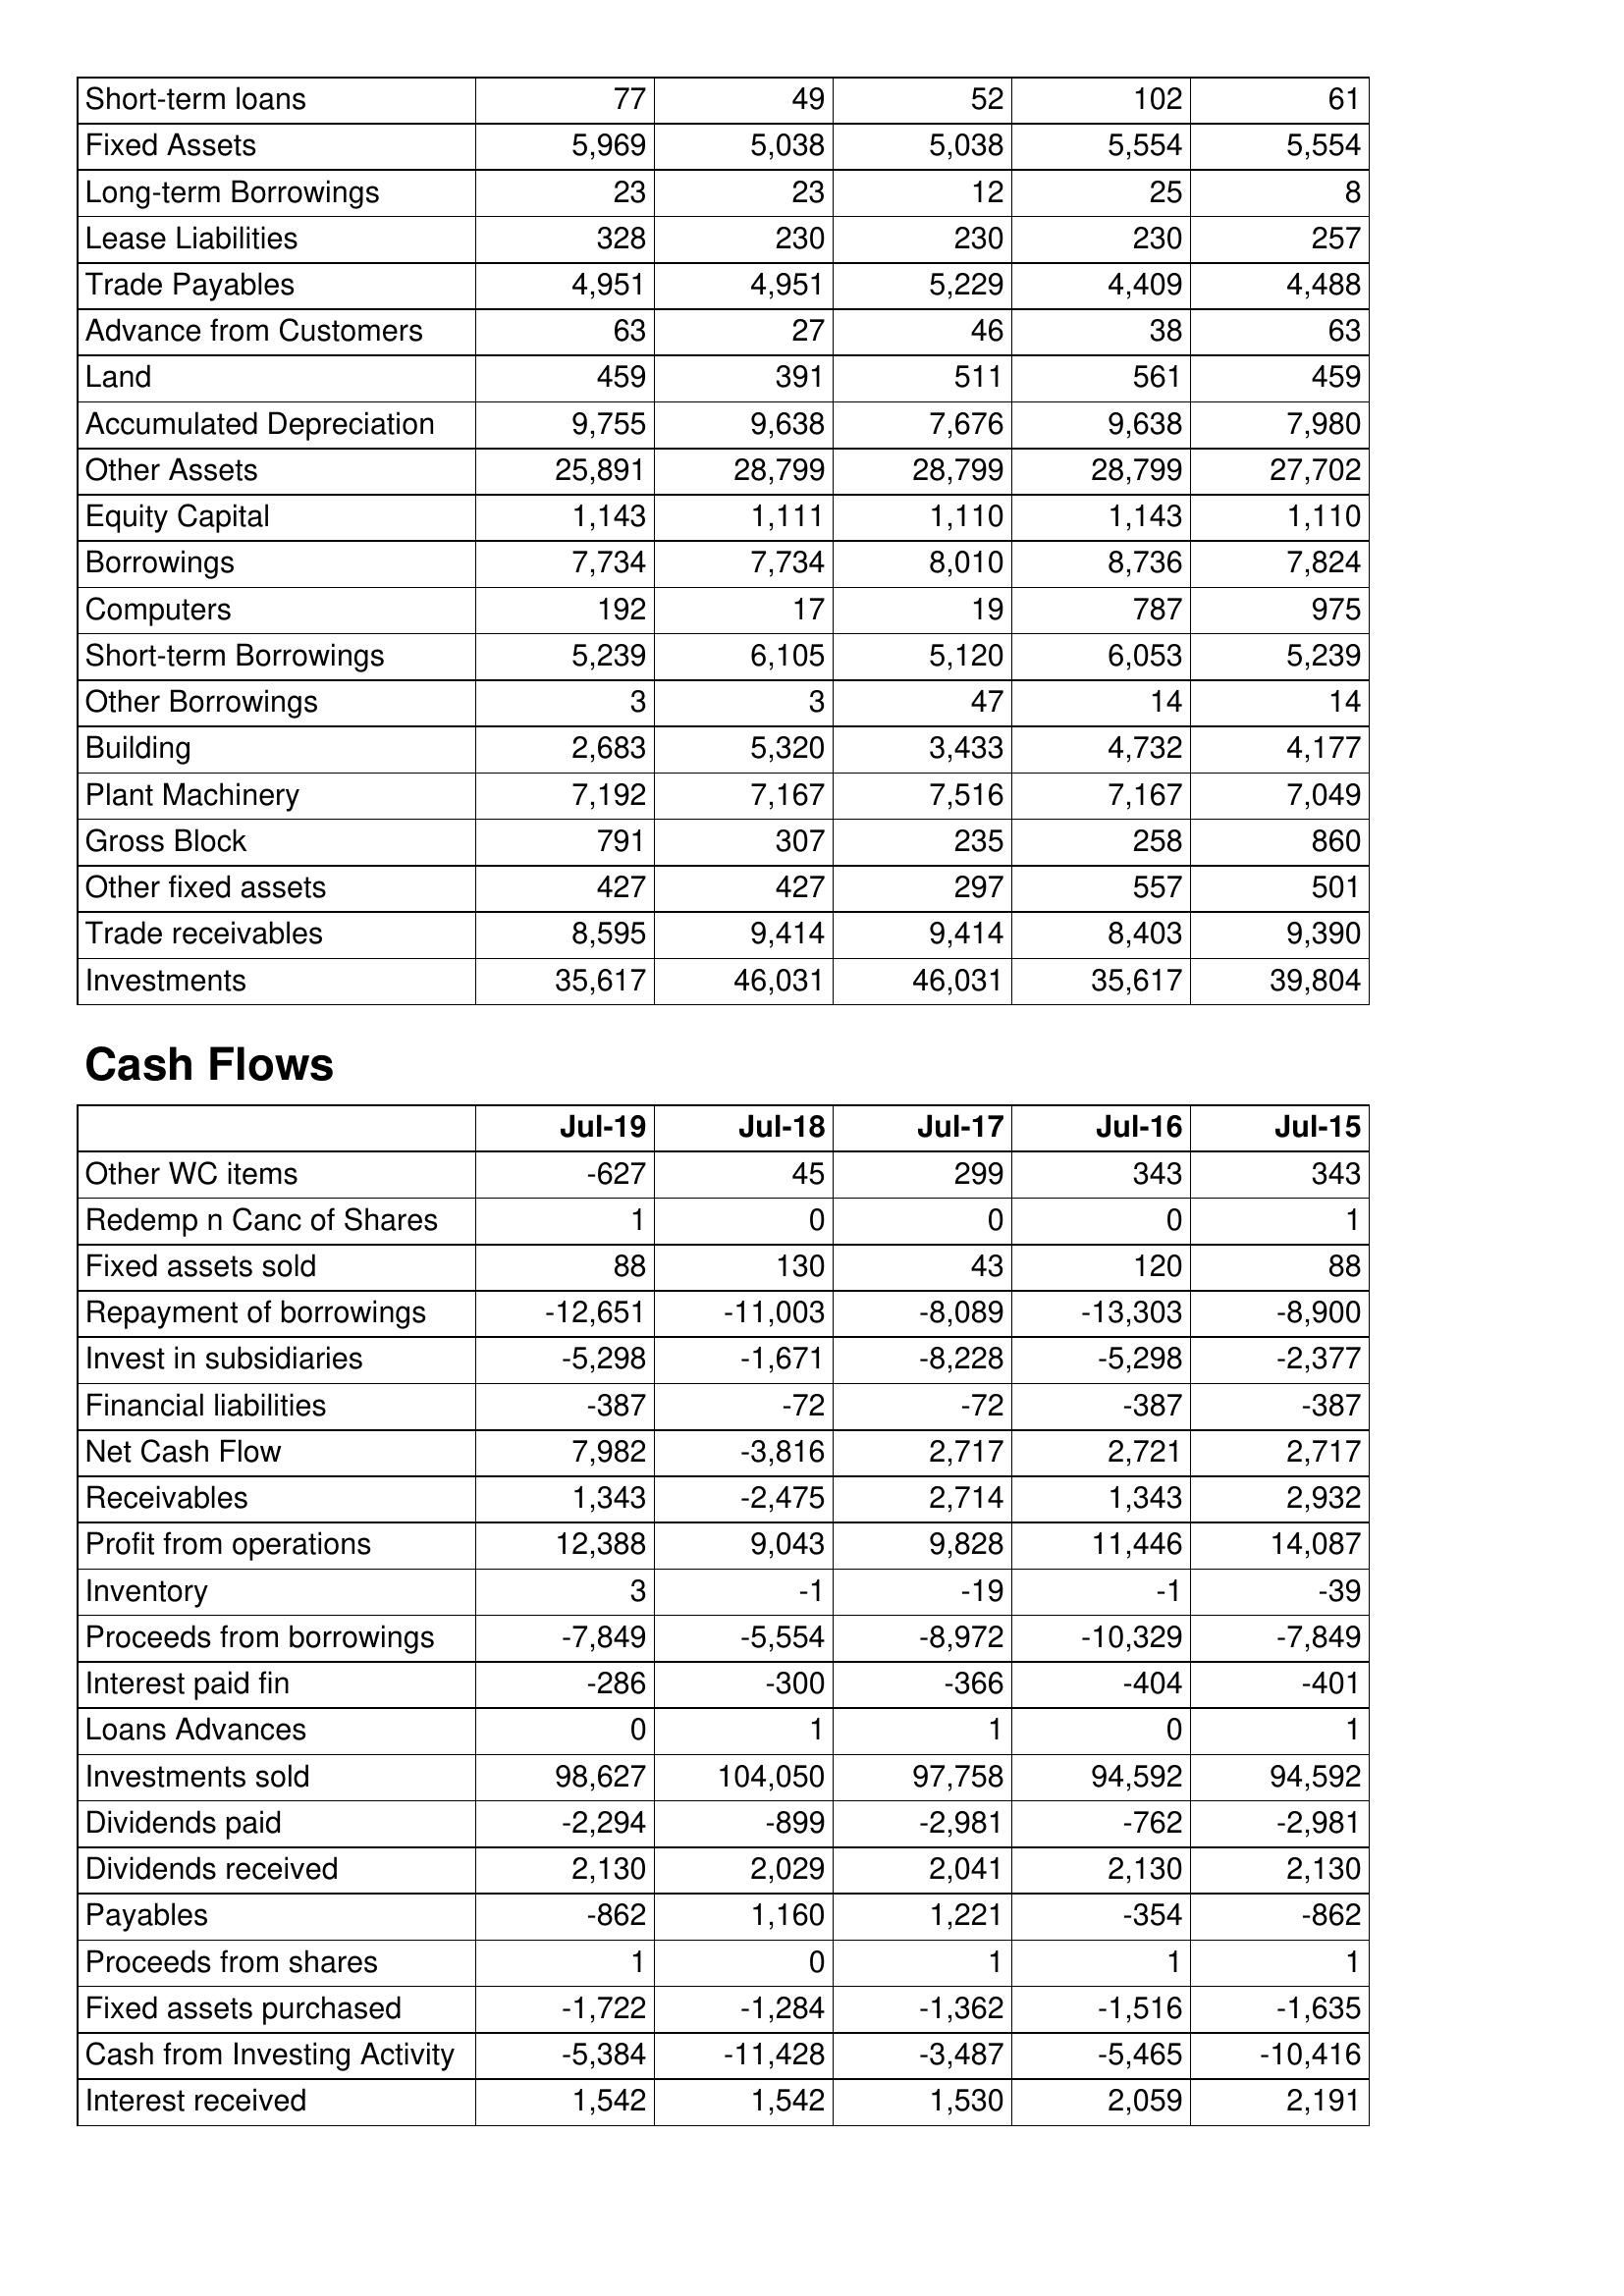
Jul-19: Balance Sheet: Short-term loans: 77
Fixed Assets: 5,969
Long-term Borrowings: 23
Lease Liabilities: 328
Trade Payables: 4,951
Advance from Customers: 63
Land: 459
Accumulated Depreciation: 9,755
Other Assets: 25,891
Equity Capital: 1,143
Borrowings: 7,734
Computers: 192
Short-term Borrowings: 5,239
Other Borrowings: 3
Building: 2,683
Plant Machinery: 7,192
Gross Block: 791
Other fixed assets: 427
Trade receivables: 8,595
Investments: 35,617
Cash Flows: Other WC items: -627
Redemp n Canc of Shares: 1
Fixed assets sold: 88
Repayment of borrowings: -12,651
Invest in subsidiaries: -5,298
Financial liabilities: -387
Net Cash Flow: 7,982
Receivables: 1,343
Profit from operations: 12,388
Inventory: 3
Proceeds from borrowings: -7,849
Interest paid fin: -286
Loans Advances: 0
Investments sold: 98,627
Dividends paid: -2,294
Dividends received: 2,130
Payables: -862
Proceeds from shares: 1
Fixed assets purchased: -1,722
Cash from Investing Activity: -5,384
Interest received: 1,542
Jul-18: Balance Sheet: Short-term loans: 49
Fixed Assets: 5,038
Long-term Borrowings: 23
Lease Liabilities: 230
Trade Payables: 4,951
Advance from Customers: 27
Land: 391
Accumulated Depreciation: 9,638
Other Assets: 28,799
Equity Capital: 1,111
Borrowings: 7,734
Computers: 17
Short-term Borrowings: 6,105
Other Borrowings: 3
Building: 5,320
Plant Machinery: 7,167
Gross Block: 307
Other fixed assets: 427
Trade receivables: 9,414
Investments: 46,031
Cash Flows: Other WC items: 45
Redemp n Canc of Shares: 0
Fixed assets sold: 130
Repayment of borrowings: -11,003
Invest in subsidiaries: -1,671
Financial liabilities: -72
Net Cash Flow: -3,816
Receivables: -2,475
Profit from operations: 9,043
Inventory: -1
Proceeds from borrowings: -5,554
Interest paid fin: -300
Loans Advances: 1
Investments sold: 104,050
Dividends paid: -899
Dividends received: 2,029
Payables: 1,160
Proceeds from shares: 0
Fixed assets purchased: -1,284
Cash from Investing Activity: -11,428
Interest received: 1,542
Jul-17: Balance Sheet: Short-term loans: 52
Fixed Assets: 5,038
Long-term Borrowings: 12
Lease Liabilities: 230
Trade Payables: 5,229
Advance from Customers: 46
Land: 511
Accumulated Depreciation: 7,676
Other Assets: 28,799
Equity Capital: 1,110
Borrowings: 8,010
Computers: 19
Short-term Borrowings: 5,120
Other Borrowings: 47
Building: 3,433
Plant Machinery: 7,516
Gross Block: 235
Other fixed assets: 297
Trade receivables: 9,414
Investments: 46,031
Cash Flows: Other WC items: 299
Redemp n Canc of Shares: 0
Fixed assets sold: 43
Repayment of borrowings: -8,089
Invest in subsidiaries: -8,228
Financial liabilities: -72
Net Cash Flow: 2,717
Receivables: 2,714
Profit from operations: 9,828
Inventory: -19
Proceeds from borrowings: -8,972
Interest paid fin: -366
Loans Advances: 1
Investments sold: 97,758
Dividends paid: -2,981
Dividends received: 2,041
Payables: 1,221
Proceeds from shares: 1
Fixed assets purchased: -1,362
Cash from Investing Activity: -3,487
Interest received: 1,530
Jul-16: Balance Sheet: Short-term loans: 102
Fixed Assets: 5,554
Long-term Borrowings: 25
Lease Liabilities: 230
Trade Payables: 4,409
Advance from Customers: 38
Land: 561
Accumulated Depreciation: 9,638
Other Assets: 28,799
Equity Capital: 1,143
Borrowings: 8,736
Computers: 787
Short-term Borrowings: 6,053
Other Borrowings: 14
Building: 4,732
Plant Machinery: 7,167
Gross Block: 258
Other fixed assets: 557
Trade receivables: 8,403
Investments: 35,617
Cash Flows: Other WC items: 343
Redemp n Canc of Shares: 0
Fixed assets sold: 120
Repayment of borrowings: -13,303
Invest in subsidiaries: -5,298
Financial liabilities: -387
Net Cash Flow: 2,721
Receivables: 1,343
Profit from operations: 11,446
Inventory: -1
Proceeds from borrowings: -10,329
Interest paid fin: -404
Loans Advances: 0
Investments sold: 94,592
Dividends paid: -762
Dividends received: 2,130
Payables: -354
Proceeds from shares: 1
Fixed assets purchased: -1,516
Cash from Investing Activity: -5,465
Interest received: 2,059
Jul-15: Balance Sheet: Short-term loans: 61
Fixed Assets: 5,554
Long-term Borrowings: 8
Lease Liabilities: 257
Trade Payables: 4,488
Advance from Customers: 63
Land: 459
Accumulated Depreciation: 7,980
Other Assets: 27,702
Equity Capital: 1,110
Borrowings: 7,824
Computers: 975
Short-term Borrowings: 5,239
Other Borrowings: 14
Building: 4,177
Plant Machinery: 7,049
Gross Block: 860
Other fixed assets: 501
Trade receivables: 9,390
Investments: 39,804
Cash Flows: Other WC items: 343
Redemp n Canc of Shares: 1
Fixed assets sold: 88
Repayment of borrowings: -8,900
Invest in subsidiaries: -2,377
Financial liabilities: -387
Net Cash Flow: 2,717
Receivables: 2,932
Profit from operations: 14,087
Inventory: -39
Proceeds from borrowings: -7,849
Interest paid fin: -401
Loans Advances: 1
Investments sold: 94,592
Dividends paid: -2,981
Dividends received: 2,130
Payables: -862
Proceeds from shares: 1
Fixed assets purchased: -1,635
Cash from Investing Activity: -10,416
Interest received: 2,191